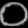
Digit: ၀